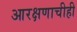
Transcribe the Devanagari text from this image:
आरक्षणाचीही